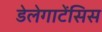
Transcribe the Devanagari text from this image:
डेलेगाटेंसिस